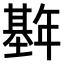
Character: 𫮱